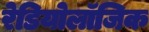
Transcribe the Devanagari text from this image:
रेडियोलॉजिक